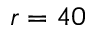
r = 4 0